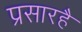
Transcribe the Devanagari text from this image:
प्रसारहै